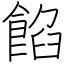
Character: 餡